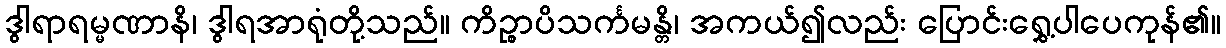
ဒွါရာရမ္မဏာနိ၊ ဒွါရအာရုံတို့သည်။ ကိဉ္စာပိသင်္ကမန္တိ၊ အကယ်၍လည်း ပြောင်းရွှေ့ပါပေကုန်၏။